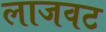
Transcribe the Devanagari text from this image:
लाजवट